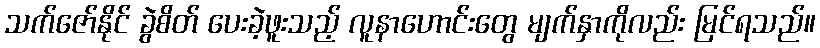
သက်ဇော်နိုင် ခွဲစိတ် ပေးခဲ့ဖူးသည့် လူနာဟောင်းတွေ မျက်နှာကိုလည်း မြင်ရသည်။